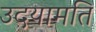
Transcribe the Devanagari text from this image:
उदयामति